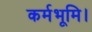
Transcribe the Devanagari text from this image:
कर्मभूमि।